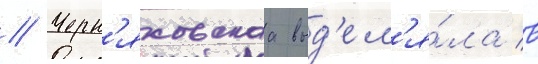
// Черн'яховскаа выд'ел'я́ла в